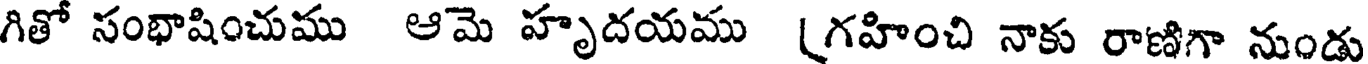
గితో సంభాషించుము ఆమె హృదయము (గహించి నాకు రాణిగా నుండు